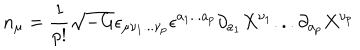
n _ { \mu } = \frac { 1 } { p ! } \sqrt { - G } \epsilon _ { \mu \nu _ { 1 } . . . \nu _ { p } } \epsilon ^ { a _ { 1 } . . . a _ { p } } \partial _ { a _ { 1 } } X ^ { \nu _ { 1 } } . . . \partial _ { a _ { p } } X ^ { \nu _ { p } }